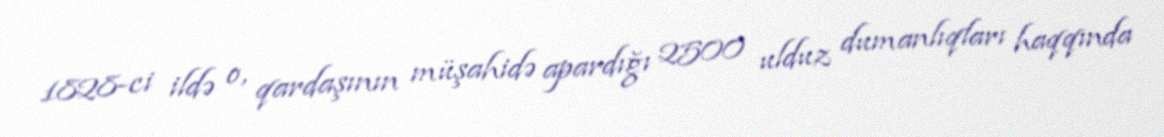
1828-ci ildə o, qardaşının müşahidə apardığı 2500 ulduz dumanlıqları haqqında